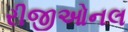
રીજીઓનલ